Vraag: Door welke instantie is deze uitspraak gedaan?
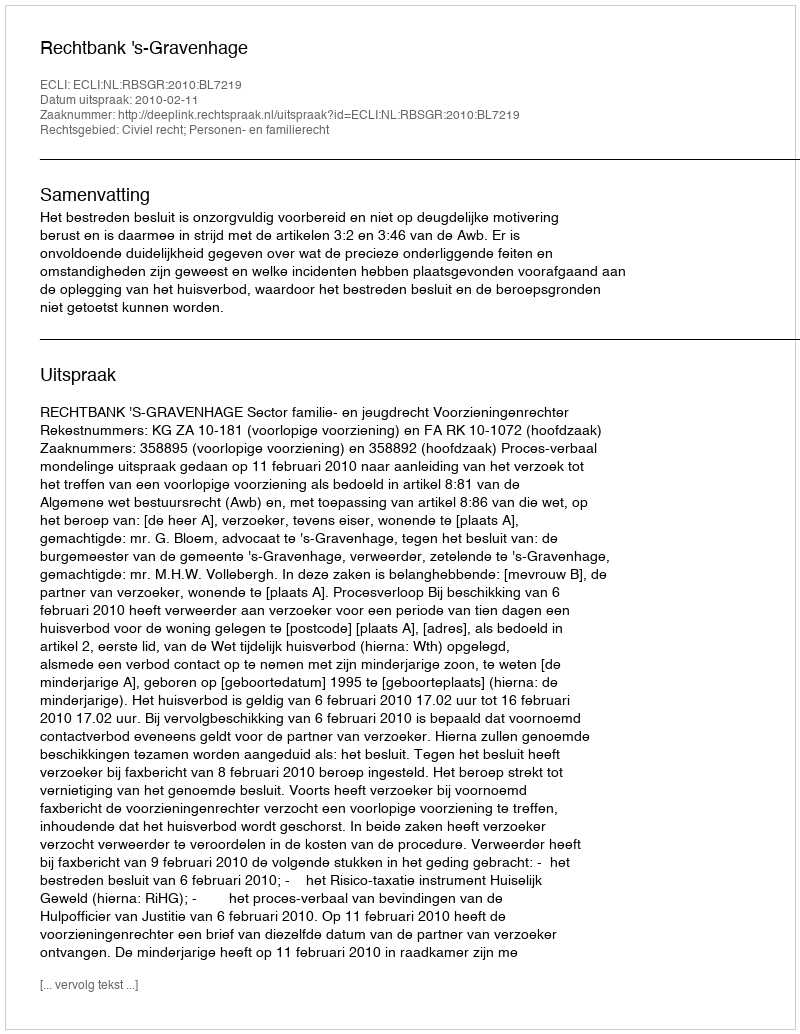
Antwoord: Rechtbank 's-Gravenhage